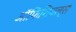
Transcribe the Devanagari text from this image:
ऑफिशियल्स